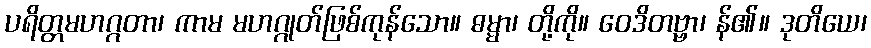
ပရိတ္တမဟဂ္ဂတာ၊ ကာမ မဟဂ္ဂုတ်ဖြစ်ကုန်သော။ ဓမ္မာ၊ တို့ကို။ ဝေဒိတဗ္ဗာ၊ န်၏။ ဒုတိယေ၊